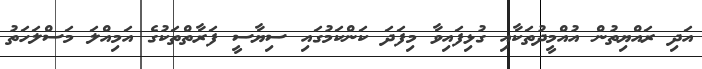
އަދި ރައްޔިތުން އުއްމީދުތަކާއި ގުޅިފައިވާ މިފަދަ ކަންކަމުގައި ސިޔާސީ ފަރާތްތަކުގެ އަމިއްލަ މަސްލަހަތު